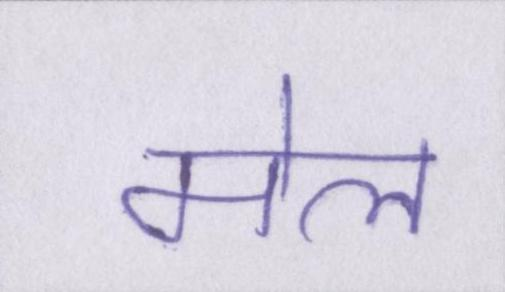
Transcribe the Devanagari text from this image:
मेल